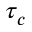
\tau _ { c }